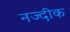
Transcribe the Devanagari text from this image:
नज्दीक